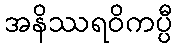
အနိဿရဝိကပ္ပီ